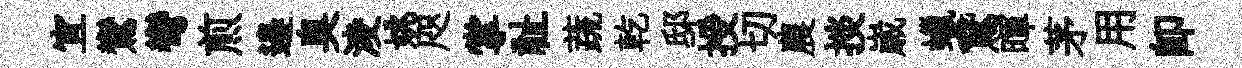
宜鸞彎煎邉臭淩姚咫掌祉蔬乾邸授切農掞𡻕蠟鵞暉茅用即